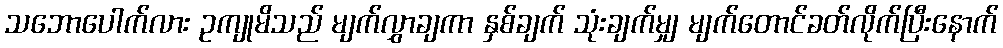
သဘောပေါက်လား ဥကျုမိသည် မျက်လွှာချကာ နှစ်ချက် သုံးချက်မျှ မျက်တောင်ခတ်လိုက်ပြီးနောက်